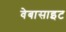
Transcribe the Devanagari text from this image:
वेबासाइट